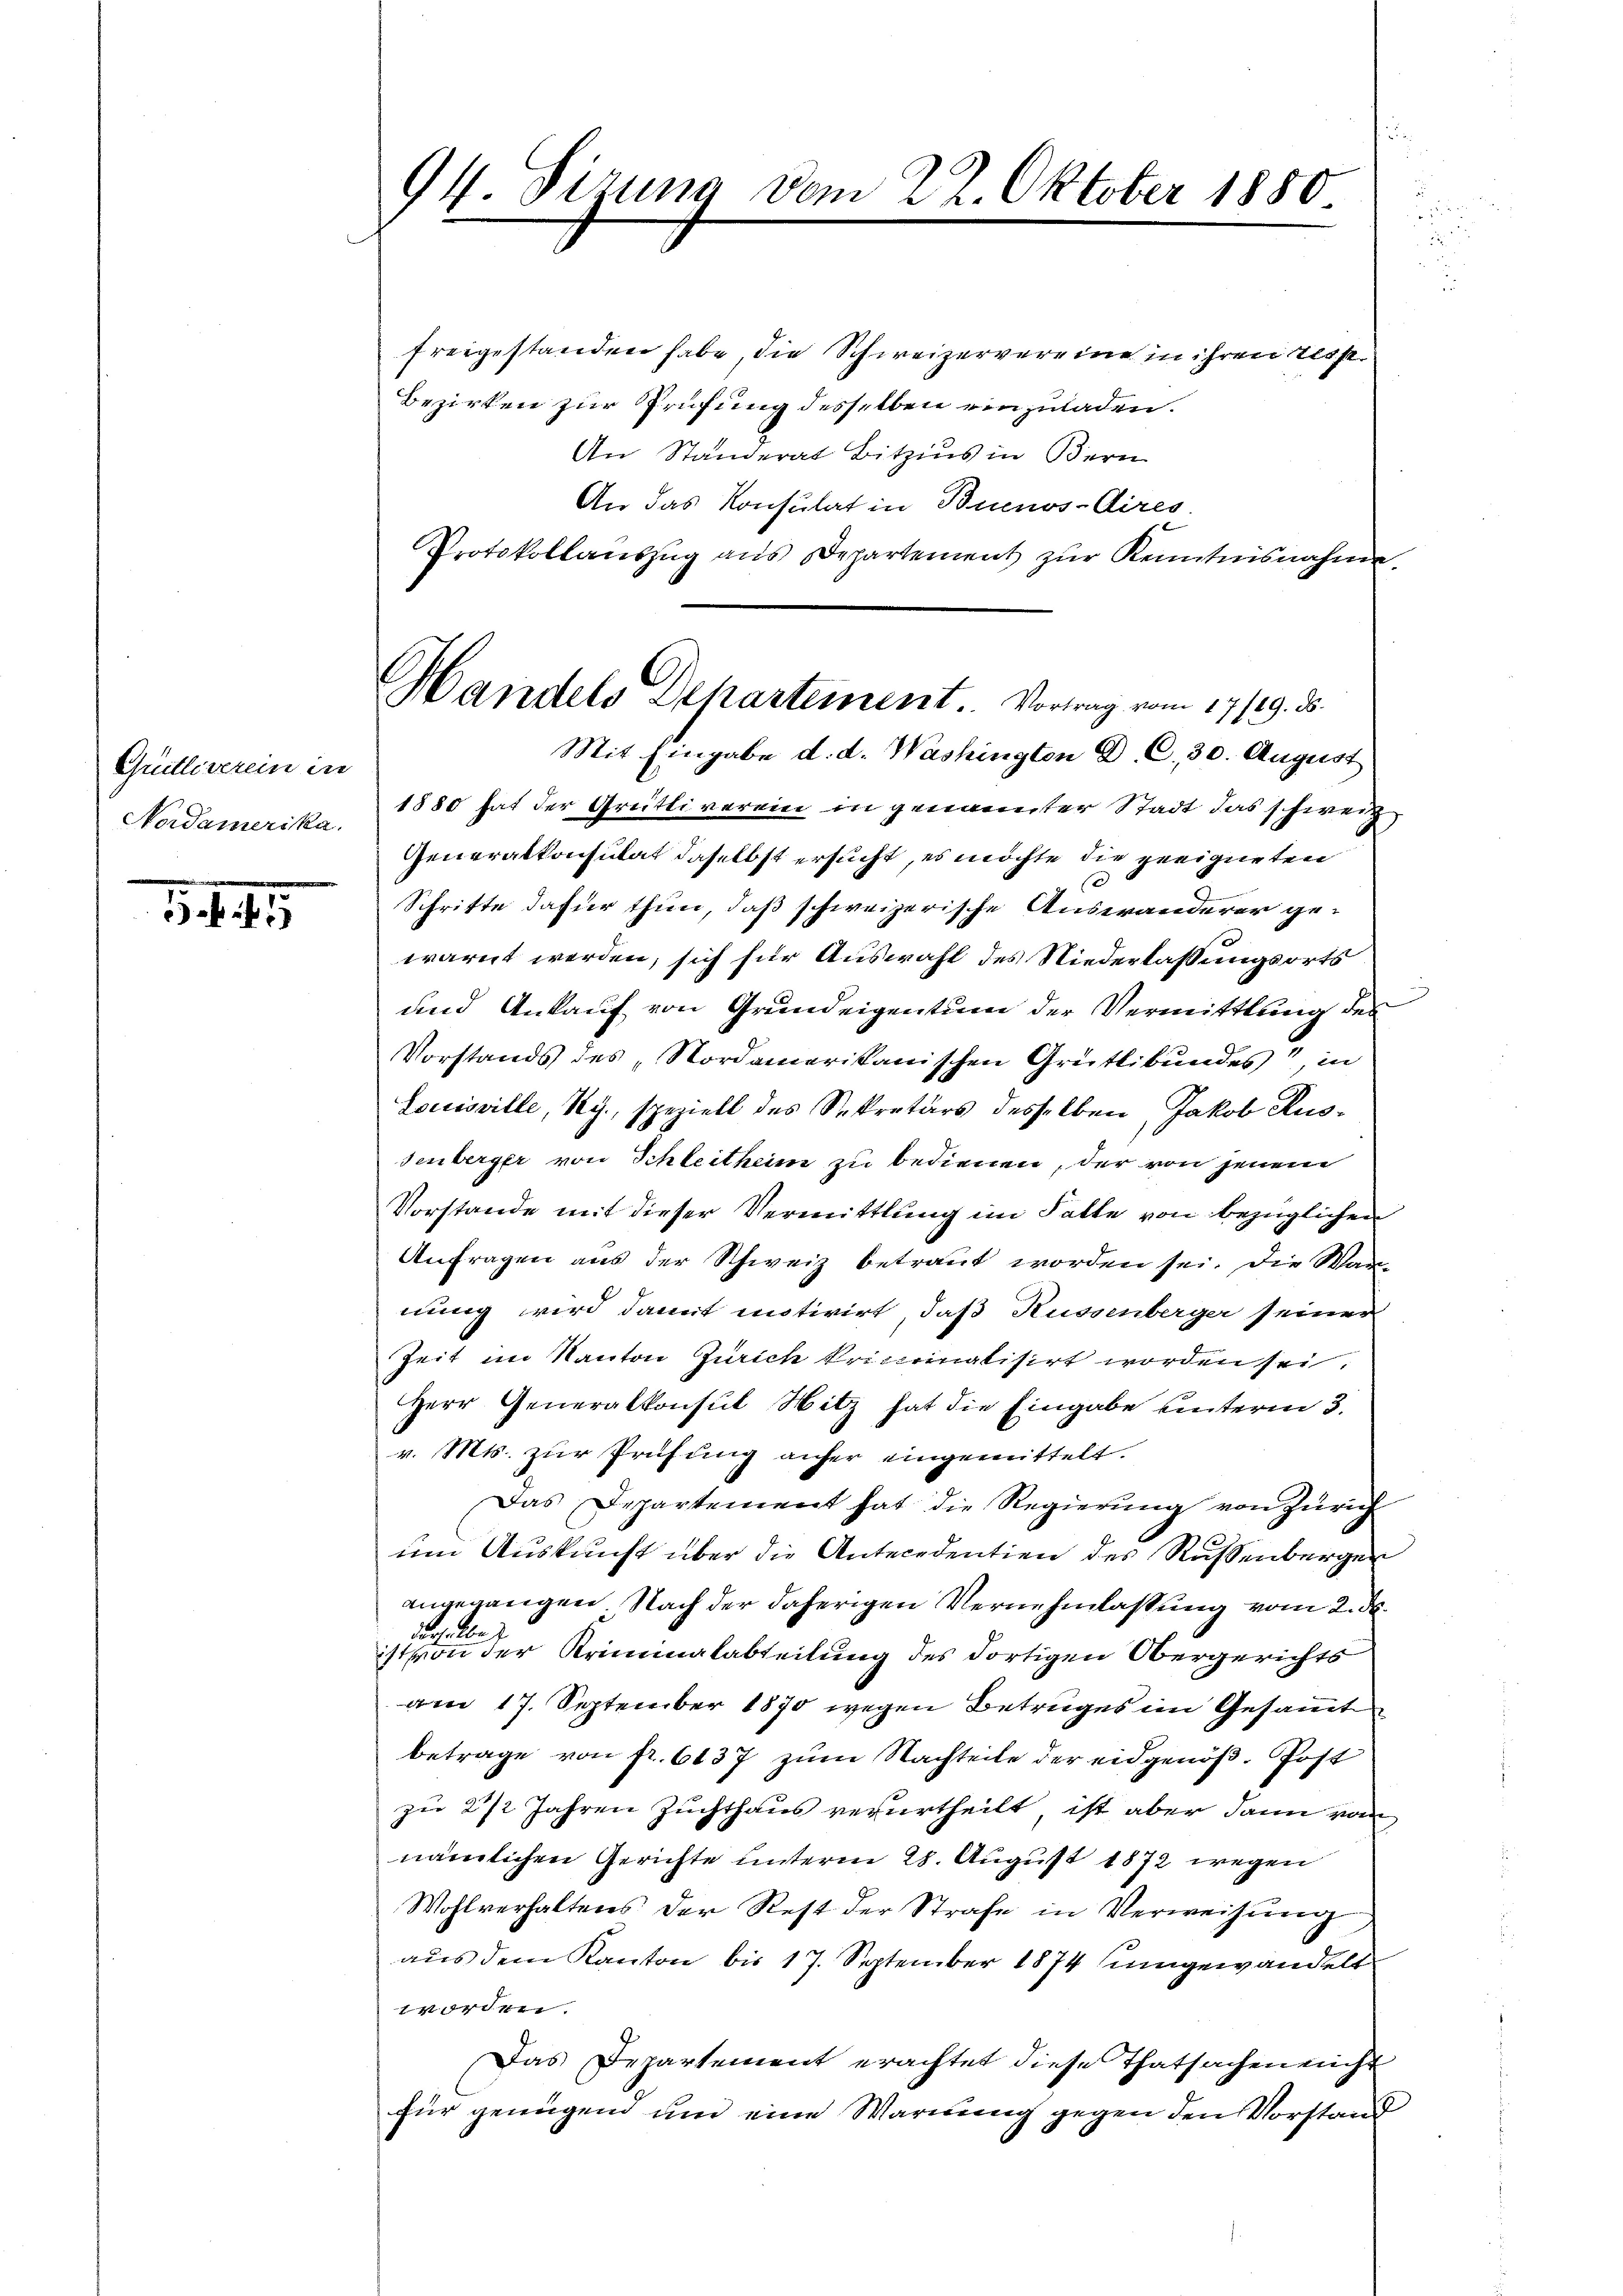
Grütliverein in
Nordamerika.

58. 4

94. Sizung vom 22. Oktober 1850

Handels Dekartement. Vortrag vom 17/19. ds.

freigestanden habe, die Schweizervereine in ihren leist
Bezirken zur Prüfung desselben einzuladen.
An Standerat Bitzins in Bern
An das Konsulat in Buenos-Aires
Protokollanszŭg ans Departement zŭr Kenntnisnahme.
Mit Eingabe d. d. Washington D. C. 30. August
1880 hat der Grütliverein in genenemter Stadt das schweiz,
Generalkonsulat daselbst ersucht, es möchte die geeigneten
.
Schritte dafür thun, daß schweizerische Auswanderer gewarnt werden, sich für Auswahl des Niederlassungsorts
und Ankauf von Grundeigentum der Vermittlung des
Vorstands des „Nordamerikanischen Grütlibundes, in
Louisville, Rg., speziell des Sekretärs desselben, Jakob Russenberger von Schleitheim zu bedienen, der von jenen
Vorstande mit dieser Vermittlung im Falte von bezüglichen
Anfragen aus der Schweiz betraut worden sei. Die Wan
nung wird damit motivirt, daß Kussenberger seiner
Zeit im Kanton Zürich kriccinalisirt worden sei.
Herr Generalkonsul Hitz hat die Eingabe unterm 3.
v. Mts. zur Prüfung anfer eingemittelt.
Das Departement hat die Regierung von Zürich
um Auskunft über die Antecedentien des Russenbergen
angegangen Nach der daherigen Vernehmlassung vom 2. ds.
derselben
ist von der Kriminalabteilung des dortigen Obergerichts
am 17. September 1870 wegen Betruges im Gesammt
betrage von fr. 6137 zum Nachteile der eidgenöß. Post
zu 2 1/2 Jahren Zuchthaus verurtheilt, ist aber dann vom
nämlichen Gerichte unterm 28. August 1872 wegen
Wohlverhaltens der Rest der Strafe in Verweisung
aus dem Kanton bis 17. September 1874 singewandelt
or
Das Departement erachtet diese Thatsachen nicht
für genügend um eine Warnung gegen den Vorstand